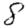
Digit: 8